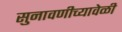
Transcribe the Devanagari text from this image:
सुनावणीच्यावेळी